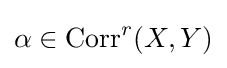
\alpha \in \operatorname {Corr} ^{r}(X,Y)